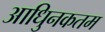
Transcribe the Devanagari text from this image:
आधुिनकतम